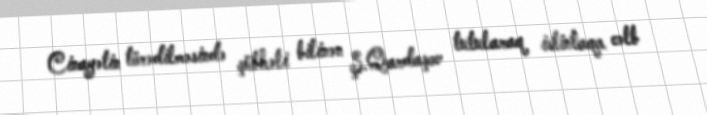
Cinayətin törədilməsində şübhəli bilinən Ş.Qardaşov tutularaq istintaqa cəlb